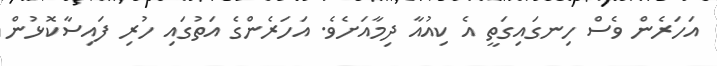
އަހަރެން ވެސް ހިނގައިގަތީ އެ ކިއުއާ ދިމާއަށެވެ. އަހަރެންގެ އަތުގައި ހުރި ފައިސާކޮޅުން